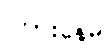
ကြားနေမဲ